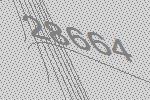
28664